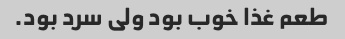
طعم غذا خوب بود ولی سرد بود.